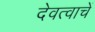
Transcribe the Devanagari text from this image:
देवत्वाचें